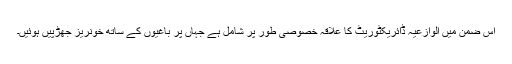
اس ضمن میں الوازعیہ ڈائریکٹوریٹ کا علاقہ خصوصی طور پر شامل ہے جہاں پر باغیوں کے ساتھ خونریز جھڑپیں ہوئیں۔